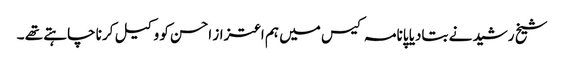
شیخ رشید نے بتادیا پانامہ کیس میں ہم اعتزاز احسن کو وکیل کرنا چاہتے تھے ۔